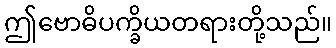
ဤဗောဓိပက္ခိယတရားတို့သည်။